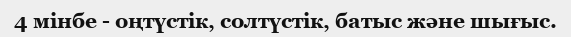
4 мінбе - оңтүстік, солтүстік, батыс және шығыс.